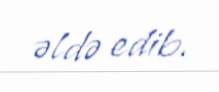
əldə edib.